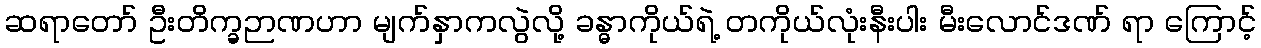
ဆရာတော် ဦးတိက္ခဉာဏဟာ မျက်နှာကလွဲလို့ ခန္ဓာကိုယ်ရဲ့ တကိုယ်လုံးနီးပါး မီးလောင်ဒဏ် ရာ ကြောင့်